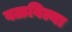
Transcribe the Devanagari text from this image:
वळविल्या